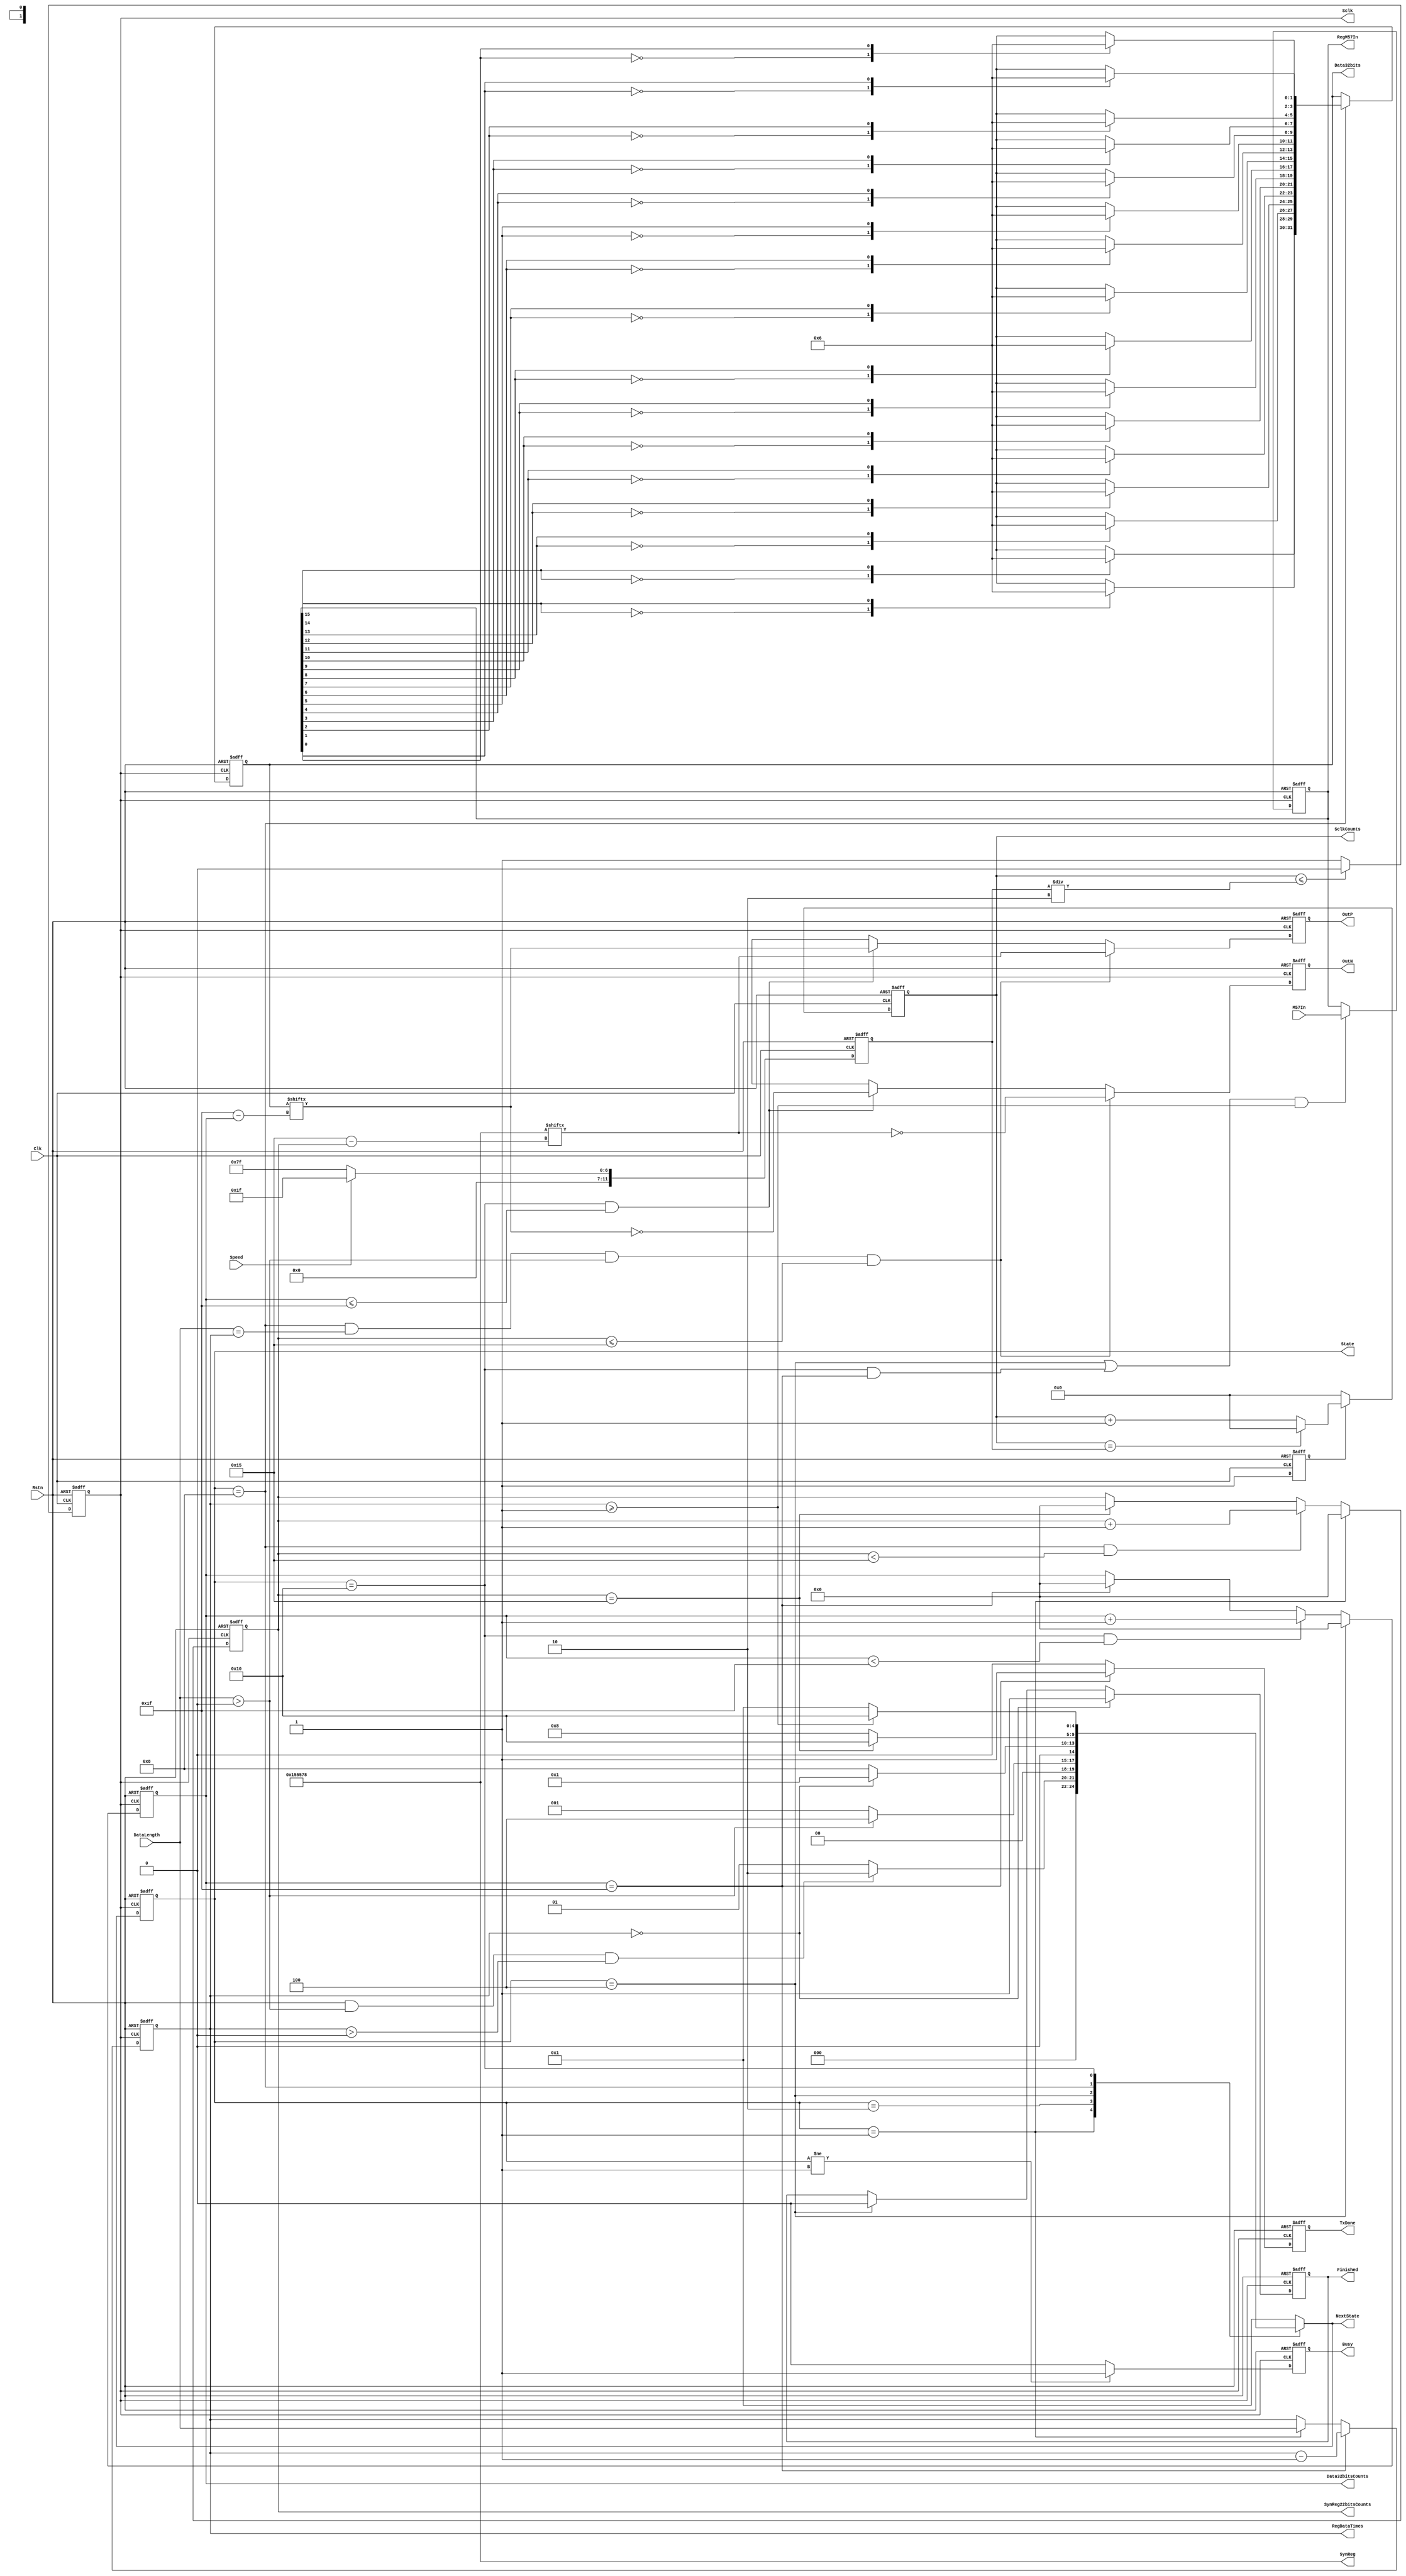
/*
EDIB_M57
*/module EDIB_M57(M57In,Rstn,Clk,DataLength,TxDone,Finished,OutP,OutN,
State,NextState,RegM57In,RegDataTimes,SynReg,Sclk,SclkCounts,Speed,SynReg22bitsCounts,
Data32bits,Data32bitsCounts,Busy);
input [15:0] M57In;
input Rstn;
input Clk;
input [15:0] DataLength;
input Speed;
output reg OutP;
output reg OutN;
output reg TxDone;
output reg Finished;
output reg [15:0]RegM57In;
output reg [15:0] RegDataTimes;
output reg [7:0] SynReg22bitsCounts;
output reg [21:0] SynReg;
output reg Sclk;
output reg [31:0] Data32bits;
output reg [7:0] Data32bitsCounts;
reg SclkEn;
reg [1:0] NToM[1:0];
reg [11:0] BpsNum;
reg SendEnd;
output reg [11:0] SclkCounts;
output reg [4:0] State,NextState;
output reg Busy;
parameter IDLE=5'b00001,SYN_PR=5'b00010,DATA_GET=5'b00100,CODE_PR=5'b01000,DATA_PR=5'B10000;
//NToM
always @(Rstn)
   begin
   NToM[0]=2'b01;
   NToM[1]=2'b10;
   SynReg=22'b0101010101010101111000;
   end

//SynReg28bits ----no need
//always @(posedge Clk or negedge Rstn)
// if(!Rstn)
//   SynReg28bits<=28'd0;
//  else
//   SynReg28bits<={NToM[SynReg[13]],NToM[SynReg[12]],NToM[SynReg[11]],NToM[SynReg[10]],NToM[SynReg[9]]
//,NToM[SynReg[8]],NToM[SynReg[7]],NToM[SynReg[6]],NToM[SynReg[5]],NToM[SynReg[4]],NToM[SynReg[3]]
//,NToM[SynReg[2]],NToM[SynReg[1]],NToM[SynReg[0]]};
  
 


// BpsNum
always @(posedge Clk or negedge Rstn)
    if(!Rstn)
      BpsNum<=12'd0;
    else if(Speed==1'b1)
      BpsNum<=12'd31;
    else BpsNum<=12'd127;
// SclkEn
always @(posedge Clk or negedge Rstn)
    if(!Rstn)
       SclkEn<=1'b0;
    else 
       SclkEn<=1'b1;
//SclkCounts
always @(posedge Clk or negedge Rstn)
  if(!Rstn)
      SclkCounts<=12'd0;
  else if(SclkEn)begin
                 if(SclkCounts == BpsNum)
                    SclkCounts<=12'd0;
                 else
                    SclkCounts<=SclkCounts +1'b1;
                 end 
  else
       SclkCounts<=12'd0;
//Sclk low-->high
always @(posedge Clk or negedge Rstn)
   if(!Rstn)
     Sclk<=1'b0;
   else if(SclkCounts <=(BpsNum/2))
     Sclk<=1'b0;
   else
     Sclk<=1'b1;


//time logic
always @(posedge Sclk or negedge Rstn)
    if(!Rstn)
      State<=IDLE;
    else
    State<=NextState;



//combine logic
always@(State or Rstn or RegDataTimes or DataLength or Data32bitsCounts or SynReg22bitsCounts )
  case(State)
    IDLE:NextState =(Rstn &&(DataLength>0)&&(RegDataTimes>0))?SYN_PR:IDLE;
    SYN_PR:NextState=(DataLength>0)?DATA_GET:IDLE;
    DATA_GET:NextState=(RegDataTimes == 16'd0)?IDLE:CODE_PR;
    CODE_PR:NextState=(SynReg22bitsCounts == 8'd21)?DATA_PR:CODE_PR;
    DATA_PR:NextState=((RegDataTimes>=1))?DATA_PR:IDLE;
//    DATA_PR:NextState=(SendEnd)?DATA_GET:DATA_PR;
    default:NextState=IDLE;
 endcase

//RegM57In 
always @(posedge Sclk or negedge Rstn)
  if(!Rstn)
   RegM57In<=16'd0;
  else if(((State ==DATA_GET)||((State ==DATA_PR)&&(Data32bitsCounts ==8'd31)))&&(RegDataTimes>=1))
   RegM57In<=M57In;
  else
   RegM57In<=RegM57In;


//Data32bits
always @(posedge Sclk or negedge Rstn)
  if(!Rstn)
  Data32bits<=32'd0;
  else if(State == CODE_PR)
  Data32bits <={NToM[RegM57In[15]],NToM[RegM57In[14]],NToM[RegM57In[13]],NToM[RegM57In[12]],NToM[RegM57In[11]],
NToM[RegM57In[10]],NToM[RegM57In[9]],NToM[RegM57In[8]],NToM[RegM57In[7]],NToM[RegM57In[6]],NToM[RegM57In[5]],NToM[RegM57In[4]],
NToM[RegM57In[3]],NToM[RegM57In[2]],NToM[RegM57In[1]],NToM[RegM57In[0]]};
  else Data32bits<=Data32bits;




//TxDone   Clk --> change to Sclk
always @(posedge Sclk or negedge Rstn)
  if(!Rstn)
    TxDone<=1'b0;
  else if(Data32bitsCounts == 8'd31)
    TxDone<=1'b1;
  else if(State == DATA_GET)
    TxDone<=1'b0;
  else TxDone<=1'b0;
//Finished
always @(posedge Sclk or negedge Rstn)
  if(!Rstn)
   Finished<=1'b0;
  else if(RegDataTimes == 16'd0)
   Finished<=1'b1;
  else  if(State ==DATA_GET)
   Finished<=1'b0;  
  else Finished<=Finished;
//RegDataTimes   -->change to use Sclk
always @(posedge Sclk or negedge Rstn )
   if(!Rstn)
   RegDataTimes<=16'd0;
   else if((Data32bitsCounts ==8'd31))
   RegDataTimes<=RegDataTimes -1'b1;
   else if(State == IDLE)
   RegDataTimes<=DataLength;
   else RegDataTimes<=RegDataTimes;

//Data32bitsCounts State 
always @(posedge Sclk or negedge Rstn )
  if(!Rstn)
   Data32bitsCounts<=8'd0;
  else if(State==DATA_GET)
   Data32bitsCounts<=8'd0;
  else if(State ==DATA_PR &&(Data32bitsCounts <8'd31))
   Data32bitsCounts<=Data32bitsCounts+1'b1;
  else if(Data32bitsCounts ==8'd31)
   Data32bitsCounts<=8'd0;
  else Data32bitsCounts<=Data32bitsCounts;

//SynReg22bitsCounts
always @(posedge Sclk or negedge Rstn )
  if(!Rstn)
   SynReg22bitsCounts<=8'd0;
  else if(State==IDLE)
   SynReg22bitsCounts<=8'd0;
  else if(State ==CODE_PR &&(SynReg22bitsCounts <8'd21))
   SynReg22bitsCounts<=SynReg22bitsCounts+1'b1;
  else if(SynReg22bitsCounts ==8'd21)
   SynReg22bitsCounts<=8'd0;
  else SynReg22bitsCounts<=SynReg22bitsCounts;

//SendEnd
always @(posedge Sclk or negedge Rstn)
   if(!Rstn)
    SendEnd<=1'b0;
//   else if(Data40bitsCounts ==8'd40)
   else if((Data32bitsCounts ==8'd31))
    SendEnd<=1'b1;
   else if(State == DATA_GET)
    SendEnd<=1'b0;
   else 
     SendEnd<=SendEnd;
//OutP form 0--39  Syn only When DataLength = =RegDataTimes
always @(posedge Sclk or negedge Rstn)
  if(!Rstn)
   OutP<=1'bx;
  else if((State ==CODE_PR) &&(DataLength==RegDataTimes)&&(DataLength>0)&&(SynReg22bitsCounts<=8'd21))
   OutP<=SynReg[21-SynReg22bitsCounts];
  else if((State ==DATA_PR) &&(Data32bitsCounts <=8'd31))
        OutP<=Data32bits[31-Data32bitsCounts];
  else OutP<=1'bx;
//OutN
always @(posedge Sclk or negedge Rstn)
  if(!Rstn)
   OutN<=1'bx;
  else if((State ==CODE_PR) &&(DataLength==RegDataTimes)&&(DataLength>0)&&(SynReg22bitsCounts<=8'd21))
   OutN<=~SynReg[21-SynReg22bitsCounts];
  else if((State ==DATA_PR) &&(Data32bitsCounts <=8'd31))
        OutN<=~Data32bits[31-Data32bitsCounts];
  else OutN=1'bx;

//Busy
always @(posedge Sclk or negedge Rstn)
  if(!Rstn)
   Busy<=1'b0;
  else if(State !=IDLE)
   Busy<=1'b1;
  else 
   Busy<=1'b0;
endmodule